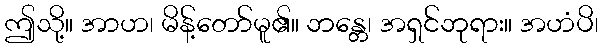
ဤသို့။ အာဟ၊ မိန့်တော်မူ၏။ ဘန္တေ၊ အရှင်ဘုရား။ အဟံပိ၊